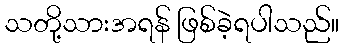
သတို့သားအရန် ဖြစ်ခဲ့ရပါသည်။